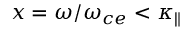
x = \omega / \omega _ { c e } < \kappa _ { \| }